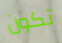
تكون